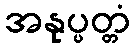
အနုပ္ပတ္တံ